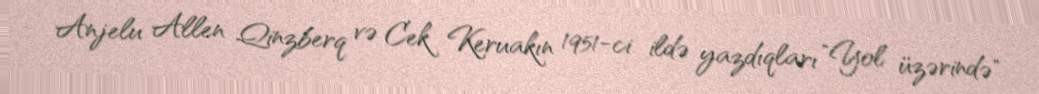
Anjelu Allen Qinzberq və Cek Keruakın 1951-ci ildə yazdıqları "Yol üzərində"